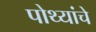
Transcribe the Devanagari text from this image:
पोथ्यांचे